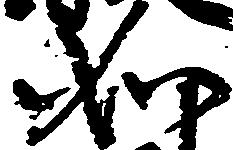
如